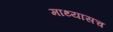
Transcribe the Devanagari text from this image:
माथ्यासच